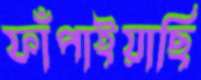
ফাঁপাইয়াছি